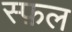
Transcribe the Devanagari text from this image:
स्फ़ल